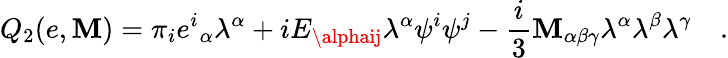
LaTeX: Q_{2}(e,\mathbf{M})=\pi_{i}{e^{i}}_{\alpha}\lambda^{\alpha}+iE_{\alphaij}\lambda^{\alpha}\psi^{i}\psi^{j}-\frac{{i}}{{3}}\mathbf{M}_{\alpha\beta\gamma}\lambda^{\alpha}\lambda^{\beta}\lambda^{\gamma}\quad.